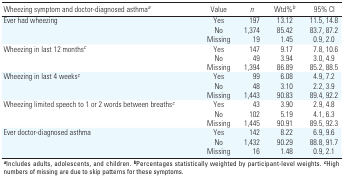
<table><thead><tr><td><b>Wheezing symptom and doctor-diagnosed asthmaa</b></td><td><b>Value</b></td><td><b>n</b></td><td><b>Wtd%b</b></td><td><b>95% CI</b></td></tr></thead><tbody><tr><td>Ever had wheezing</td><td>[EMPTY_CELL]</td><td>Yes</td><td>[EMPTY_CELL]</td><td>197</td><td>[EMPTY_CELL]</td><td>13.12</td><td>[EMPTY_CELL]</td><td>11.5, 14.8</td></tr><tr><td>[EMPTY_CELL]</td><td>[EMPTY_CELL]</td><td>No</td><td>[EMPTY_CELL]</td><td>1,374</td><td>[EMPTY_CELL]</td><td>85.42</td><td>[EMPTY_CELL]</td><td>83.7, 87.2</td></tr><tr><td>[EMPTY_CELL]</td><td>[EMPTY_CELL]</td><td>Missing</td><td>[EMPTY_CELL]</td><td>19</td><td>[EMPTY_CELL]</td><td>1.45</td><td>[EMPTY_CELL]</td><td>0.9, 2.0</td></tr><tr><td>Wheezing in last 12 monthsc</td><td>[EMPTY_CELL]</td><td>Yes</td><td>[EMPTY_CELL]</td><td>147</td><td>[EMPTY_CELL]</td><td>9.17</td><td>[EMPTY_CELL]</td><td>7.8, 10.6</td></tr><tr><td>[EMPTY_CELL]</td><td>[EMPTY_CELL]</td><td>No</td><td>[EMPTY_CELL]</td><td>49</td><td>[EMPTY_CELL]</td><td>3.94</td><td>[EMPTY_CELL]</td><td>3.0, 4.9</td></tr><tr><td>[EMPTY_CELL]</td><td>[EMPTY_CELL]</td><td>Missing</td><td>[EMPTY_CELL]</td><td>1,394</td><td>[EMPTY_CELL]</td><td>86.89</td><td>[EMPTY_CELL]</td><td>85.2, 88.5</td></tr><tr><td>Wheezing in last 4 weeksc</td><td>[EMPTY_CELL]</td><td>Yes</td><td>[EMPTY_CELL]</td><td>99</td><td>[EMPTY_CELL]</td><td>6.08</td><td>[EMPTY_CELL]</td><td>4.9, 7.2</td></tr><tr><td>[EMPTY_CELL]</td><td>[EMPTY_CELL]</td><td>No</td><td>[EMPTY_CELL]</td><td>48</td><td>[EMPTY_CELL]</td><td>3.10</td><td>[EMPTY_CELL]</td><td>2.2, 3.9</td></tr><tr><td>[EMPTY_CELL]</td><td>[EMPTY_CELL]</td><td>Missing</td><td>[EMPTY_CELL]</td><td>1,443</td><td>[EMPTY_CELL]</td><td>90.83</td><td>[EMPTY_CELL]</td><td>89.4, 92.2</td></tr><tr><td>Wheezing limited speech to 1 or 2 words between breathsc</td><td>[EMPTY_CELL]</td><td>Yes</td><td>[EMPTY_CELL]</td><td>43</td><td>[EMPTY_CELL]</td><td>3.90</td><td>[EMPTY_CELL]</td><td>2.9, 4.8</td></tr><tr><td>[EMPTY_CELL]</td><td>[EMPTY_CELL]</td><td>No</td><td>[EMPTY_CELL]</td><td>102</td><td>[EMPTY_CELL]</td><td>5.19</td><td>[EMPTY_CELL]</td><td>4.1, 6.3</td></tr><tr><td>[EMPTY_CELL]</td><td>[EMPTY_CELL]</td><td>Missing</td><td>[EMPTY_CELL]</td><td>1,445</td><td>[EMPTY_CELL]</td><td>90.91</td><td>[EMPTY_CELL]</td><td>89.5, 92.3</td></tr><tr><td>Ever doctor-diagnosed asthma</td><td>[EMPTY_CELL]</td><td>Yes</td><td>[EMPTY_CELL]</td><td>142</td><td>[EMPTY_CELL]</td><td>8.22</td><td>[EMPTY_CELL]</td><td>6.9, 9.6</td></tr><tr><td>[EMPTY_CELL]</td><td>[EMPTY_CELL]</td><td>No</td><td>[EMPTY_CELL]</td><td>1,432</td><td>[EMPTY_CELL]</td><td>90.29</td><td>[EMPTY_CELL]</td><td>88.8, 91.7</td></tr><tr><td>[EMPTY_CELL]</td><td>[EMPTY_CELL]</td><td>Missing</td><td>[EMPTY_CELL]</td><td>16</td><td>[EMPTY_CELL]</td><td>1.48</td><td>[EMPTY_CELL]</td><td>0.9, 2.1</td></tr><tr><td colspan="9">aIncludes adults, adolescents, and children. bPercentagesstatistically weighted by participant-level weights. cHigh numbers ofmissing are due to skip patterns for these symptoms.</td></tr></tbody></table>